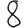
Digit: 8